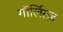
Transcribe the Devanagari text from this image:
गॉर्लित्ज़